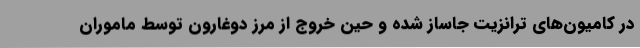
در کامیون‌های ترانزیت جاساز شده و حین خروج از مرز دوغارون توسط ماموران